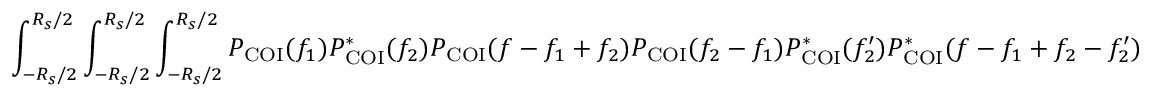
\int _ { - R _ { s } / 2 } ^ { R _ { s } / 2 } \int _ { - R _ { s } / 2 } ^ { R _ { s } / 2 } \int _ { - R _ { s } / 2 } ^ { R _ { s } / 2 } P _ { \mathrm { C O I } } ( f _ { 1 } ) P _ { \mathrm { C O I } } ^ { \ast } ( f _ { 2 } ) P _ { \mathrm { C O I } } ( f - f _ { 1 } + f _ { 2 } ) P _ { \mathrm { C O I } } ( f _ { 2 } - f _ { 1 } ) P _ { \mathrm { C O I } } ^ { \ast } ( f _ { 2 } ^ { \prime } ) P _ { \mathrm { C O I } } ^ { \ast } ( f - f _ { 1 } + f _ { 2 } - f _ { 2 } ^ { \prime } )